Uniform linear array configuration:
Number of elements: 24
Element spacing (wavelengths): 0.25
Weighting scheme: kaiser
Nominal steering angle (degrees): -15
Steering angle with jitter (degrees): -13.317
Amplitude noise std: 0.05
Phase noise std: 0.05

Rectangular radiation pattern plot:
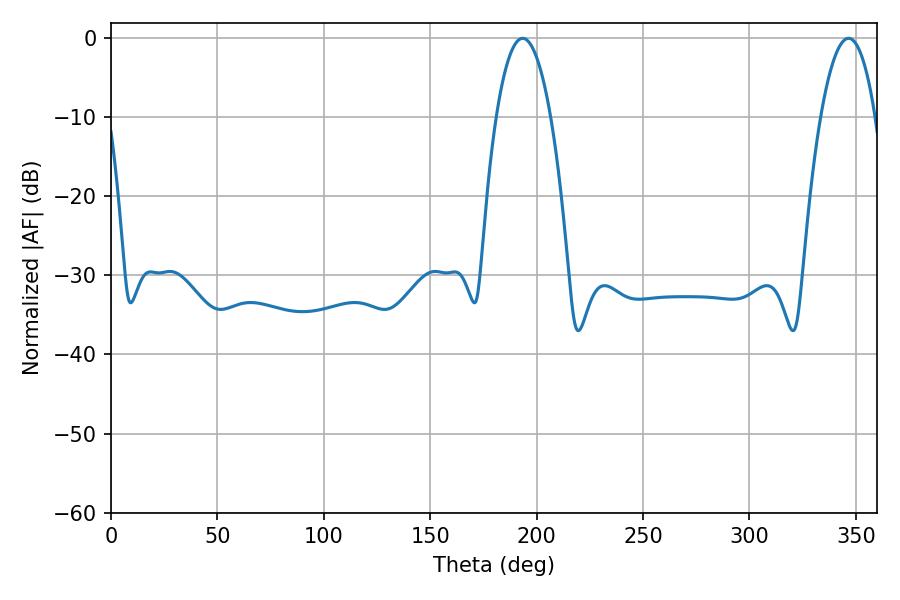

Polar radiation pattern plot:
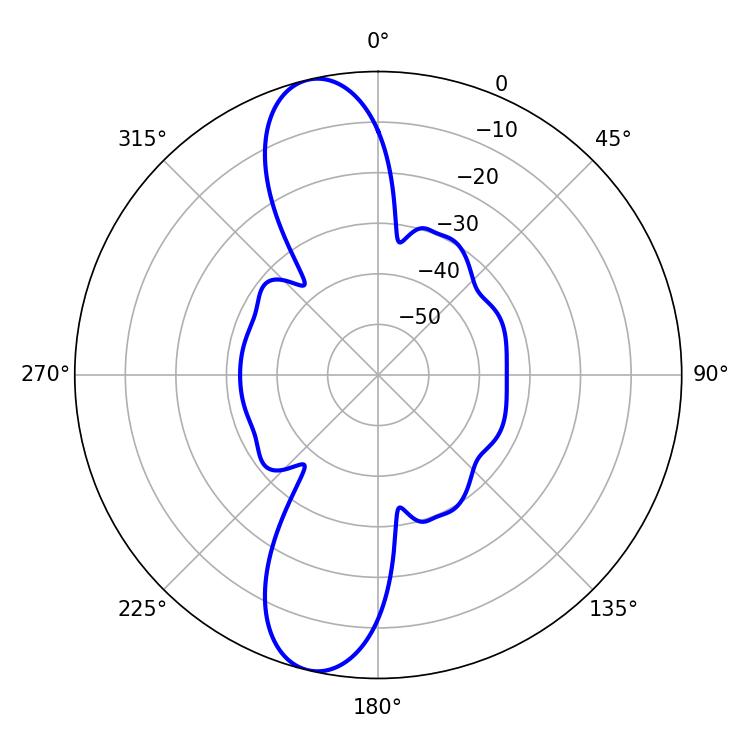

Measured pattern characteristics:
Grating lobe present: FALSE
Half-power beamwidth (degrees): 14.22
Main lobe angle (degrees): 193.5